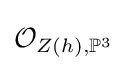
{\mathcal {O}}_{Z(h),\mathbb {P} ^{3}}